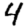
Digit: 4